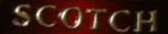
SCOTCH